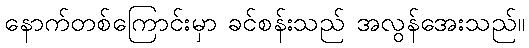
နောက်တစ်ကြောင်းမှာ ခင်စန်းသည် အလွန်အေးသည်။